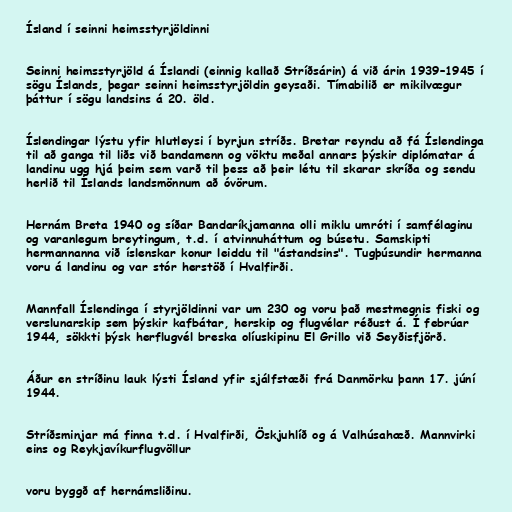
Ísland í seinni heimsstyrjöldinni

Seinni heimsstyrjöld á Íslandi (einnig kallað Stríðsárin) á við árin 1939–1945 í
sögu Íslands, þegar seinni heimsstyrjöldin geysaði. Tímabilið er mikilvægur
þáttur í sögu landsins á 20. öld.

Íslendingar lýstu yfir hlutleysi í byrjun stríðs. Bretar reyndu að fá Íslendinga
til að ganga til liðs við bandamenn og vöktu meðal annars þýskir diplómatar á
landinu ugg hjá þeim sem varð til þess að þeir létu til skarar skríða og sendu
herlið til Íslands landsmönnum að óvörum.

Hernám Breta 1940 og síðar Bandaríkjamanna olli miklu umróti í samfélaginu
og varanlegum breytingum, t.d. í atvinnuháttum og búsetu. Samskipti
hermannanna við íslenskar konur leiddu til "ástandsins". Tugþúsundir hermanna
voru á landinu og var stór herstöð í Hvalfirði.

Mannfall Íslendinga í styrjöldinni var um 230 og voru það mestmegnis fiski og
verslunarskip sem þýskir kafbátar, herskip og flugvélar réðust á. Í febrúar
1944, sökkti þýsk herflugvél breska olíuskipinu El Grillo við Seyðisfjörð.

Áður en stríðinu lauk lýsti Ísland yfir sjálfstæði frá Danmörku þann 17. júní
1944.

Stríðsminjar má finna t.d. í Hvalfirði, Öskjuhlíð og á Valhúsahæð. Mannvirki
eins og Reykjavíkurflugvöllur

voru byggð af hernámsliðinu.